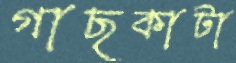
গাছকাটা